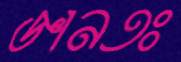
জ্ঞানতঃ